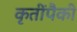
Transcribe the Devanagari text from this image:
कृतींपैकी